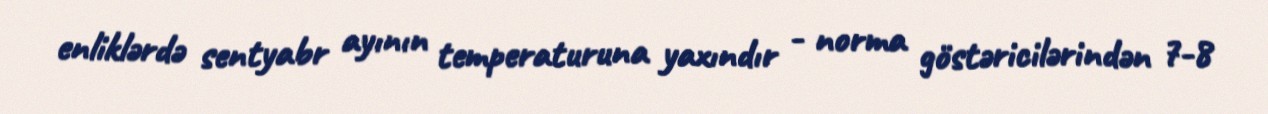
enliklərdə sentyabr ayının temperaturuna yaxındır - norma göstəricilərindən 7-8